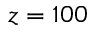
z = 1 0 0